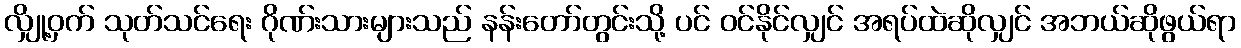
လျှို့ဝှက် သုတ်သင်ရေး ဂိုဏ်းသားများသည် နန်းတော်တွင်းသို့ ပင် ဝင်နိုင်လျှင် အရပ်ထဲဆိုလျှင် အဘယ်ဆိုဖွယ်ရာ